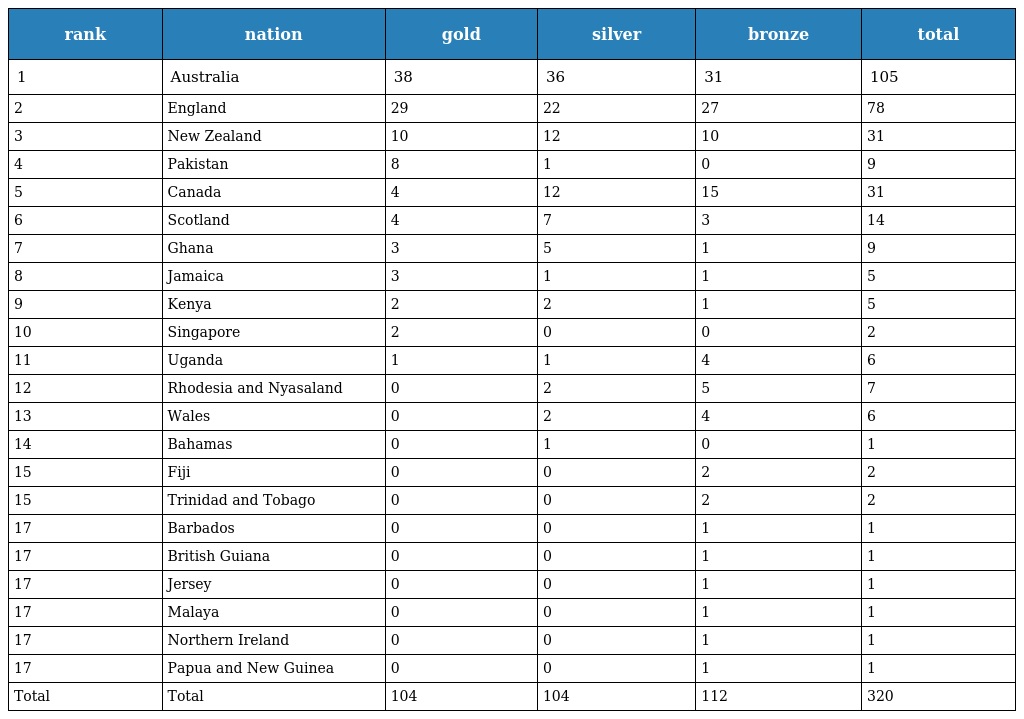
| rank | nation | gold | silver | bronze | total |
 | --- | --- | --- | --- | --- | --- |
 | 1 | Australia | 38 | 36 | 31 | 105 |
 | 2 | England | 29 | 22 | 27 | 78 |
 | 3 | New Zealand | 10 | 12 | 10 | 31 |
 | 4 | Pakistan | 8 | 1 | 0 | 9 |
 | 5 | Canada | 4 | 12 | 15 | 31 |
 | 6 | Scotland | 4 | 7 | 3 | 14 |
 | 7 | Ghana | 3 | 5 | 1 | 9 |
 | 8 | Jamaica | 3 | 1 | 1 | 5 |
 | 9 | Kenya | 2 | 2 | 1 | 5 |
 | 10 | Singapore | 2 | 0 | 0 | 2 |
 | 11 | Uganda | 1 | 1 | 4 | 6 |
 | 12 | Rhodesia and Nyasaland | 0 | 2 | 5 | 7 |
 | 13 | Wales | 0 | 2 | 4 | 6 |
 | 14 | Bahamas | 0 | 1 | 0 | 1 |
 | 15 | Fiji | 0 | 0 | 2 | 2 |
 | 15 | Trinidad and Tobago | 0 | 0 | 2 | 2 |
 | 17 | Barbados | 0 | 0 | 1 | 1 |
 | 17 | British Guiana | 0 | 0 | 1 | 1 |
 | 17 | Jersey | 0 | 0 | 1 | 1 |
 | 17 | Malaya | 0 | 0 | 1 | 1 |
 | 17 | Northern Ireland | 0 | 0 | 1 | 1 |
 | 17 | Papua and New Guinea | 0 | 0 | 1 | 1 |
 | Total | Total | 104 | 104 | 112 | 320 |